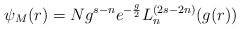
\begin{align*}\psi_M(r)=Ng^{s-n}e^{-\frac{g}{2}}L_n^{(2s-2n)}(g(r))\end{align*}